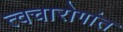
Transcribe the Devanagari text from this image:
त्वचारोगांत